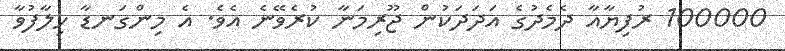
100000 ރުފިޔާއާ ދެމެދުގެ އަދަދަކުން ޖޫރިމަނާ ކުރެވޭނެ އެވެ. އެ މިންގަނޑާ ހިލާފުވާ